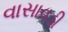
વાસાવડી